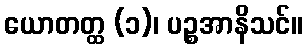
ယောတတ္ထ (၁)၊ ပဉ္စအာနိသင်။